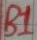
Text: B1